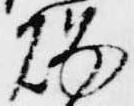
燭